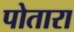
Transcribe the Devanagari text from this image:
पोतारा